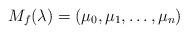
LaTeX: \begin{align*}M_f(\lambda) = ( \mu_0, \mu_1,\ldots, \mu_n) \end{align*}